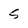
Character: s